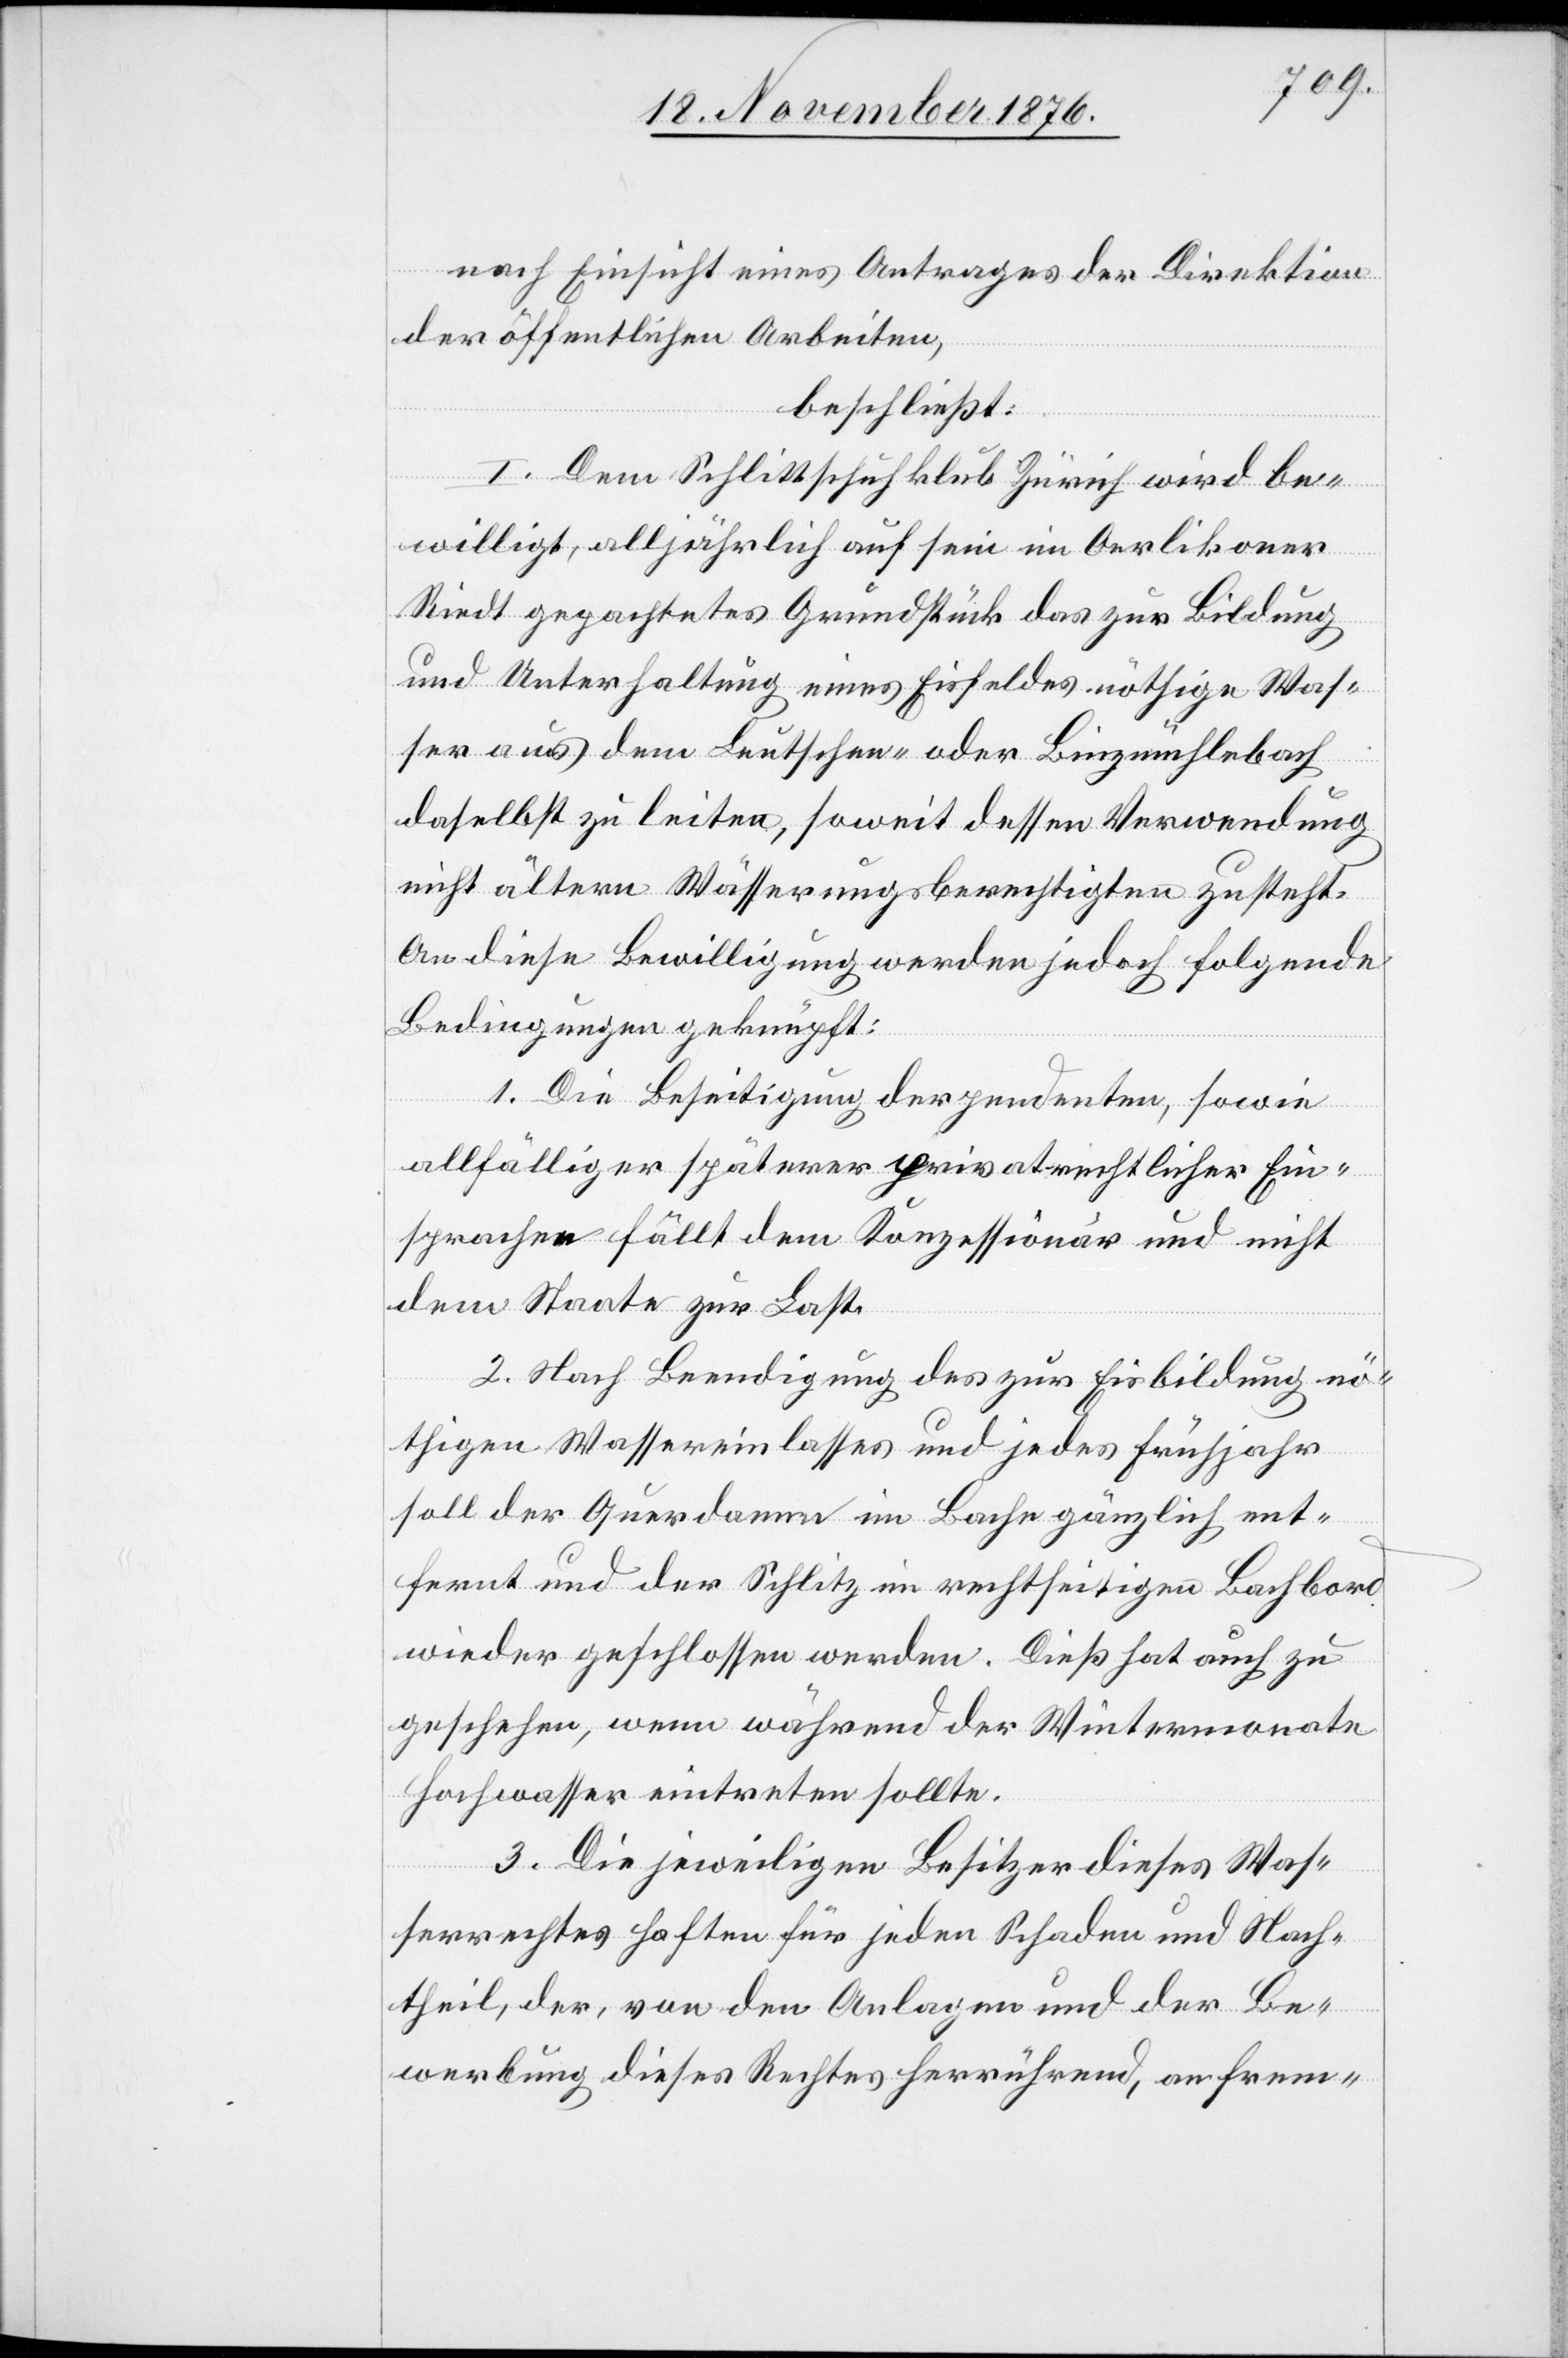
nach Einsicht eines Antrages der Direktion
der öffentlichen Arbeiten,
beschließt:
I. Dem Schlittschuhklub Zürich wird be¬
willigt, alljährlich auf sein im Oerlikoner
Riedt gepachtetes Grundstück das zur Bildung
und Unterhaltung eines Eisfeldes nöthige Was¬
ser aus dem Leutschen- oder Binzmühlebach
daselbst zu leiten, soweit dessen Verwendung
nicht ältern Wässerungsberechtigten zusteht.
An diese Bewilligung werden jedoch folgende
Bedingungen geknüpft:
1. Die Beseitigung der pendenten, sowie
allfälliger späterer privatrechtlicher Ein¬
sprachen fällt dem Konzessionär und nicht
dem Staate zur Last.
2. Nach Beendigung des zur Eisbildung nö¬
thigen Wassereinlasses und jedes Frühjahr
soll der Querdamm im Bache gänzlich ent¬
fernt und der Schlitz im rechtseitigen Bachbord
wieder geschlossen werden. Dieß hat auch zu
geschehen, wenn während der Wintermonate
Hochwasser eintreten sollte.
3. Die jeweiligen Besitzer dieses Was¬
serrechtes haften für jeden Schaden und Nach¬
theil, der, von den Anlagen und der Be¬
werbung dieses Rechtes herrührend, an frem-